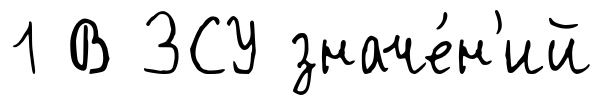
1 В ЗСУ значе́н'ий